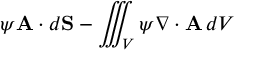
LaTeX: \psi \mathbf { A } \cdot d \mathbf { S } - \iiint _ { V } \psi \nabla \cdot \mathbf { A } \, d V